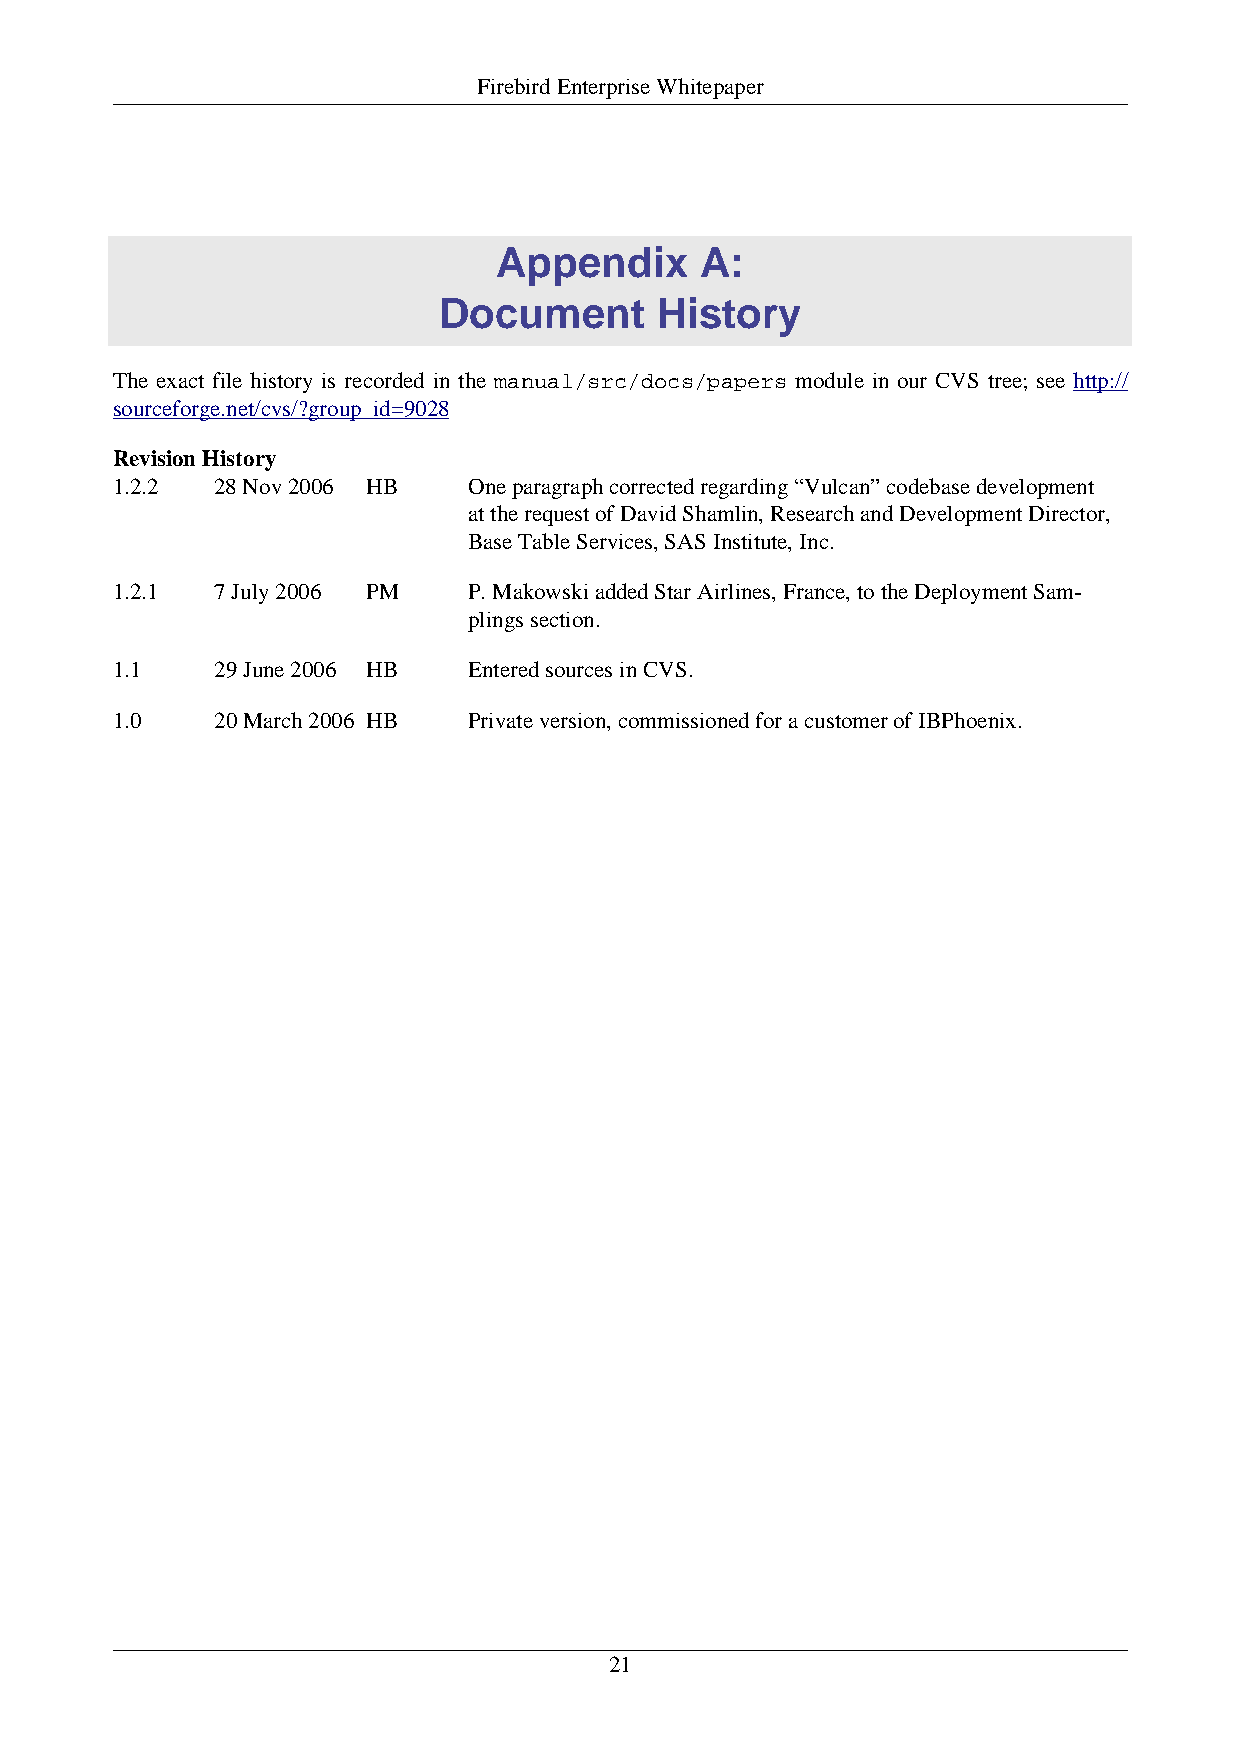
Firebird Enterprise Whitepaper
 Appendix     A:
 Document      History
 The exact file history is recorded in the manual/src/docs/papers module in our CVS tree; see http://
 sourceforge.net/cvs/?group_id=9028
 Revision History
 1.2.2  28 Nov 2006 HB   One paragraph corrected regarding “Vulcan” codebase development
 at the request of David Shamlin, Research and Development Director,
 Base Table Services, SAS Institute, Inc.
 1.2.1  7 July 2006 PM   P. Makowski added Star Airlines, France, to the Deployment Sam-
 plings section.
 1.1    29 June 2006 HB  Entered sources in CVS.
 1.0    20 March 2006 HB Private version, commissioned for a customer of IBPhoenix.
 21